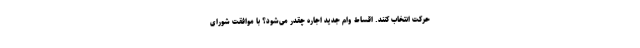
حرکت انتخاب کنند. اقساط وام جدید اجاره چقدر می‌شود؟ با موافقت شورای